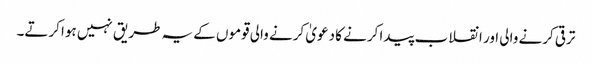
ترقی کرنے والی اور انقلاب پیدا کرنے کا دعویٰ کرنے والی قوموں کے یہ طریق نہیں ہوا کرتے۔